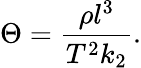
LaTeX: \Theta=\frac{\rho l^{3}}{T^{2}k_{2}}.